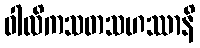
ဝါလိကသတသဟဿာနိ